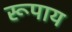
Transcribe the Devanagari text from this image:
रूपाय